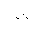
Letter: _ta